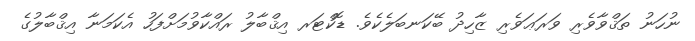
ނުހަނު ތަޤްވާވެރި ވަރަޢަވެރި ޒާހިދު ބޭކަނބަލެކެވެ. ޑޮކްޓަރ އިޤްބާލު ރައްކާވުމަށްފަހު އެކަމަނާ އިޤްބާލުގެ